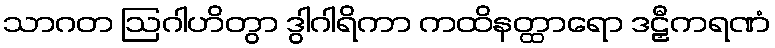
သာဂတ ဩဂါဟိတွာ ဒွါဂါရိကာ ကထိနတ္ထာရော ဒဠှီကရဏံ